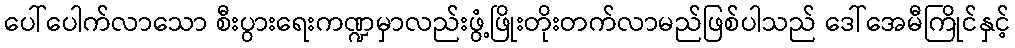
ပေါ်ပေါက်လာသော စီးပွားရေးကဏ္ဍမှာလည်းဖွံ့ဖြိုးတိုးတက်လာမည်ဖြစ်ပါသည် ဒေါ်အေမီကြိုင်နှင့်